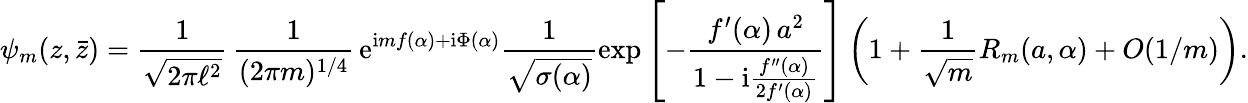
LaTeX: \psi_{m}(z,\bar{z})=\frac{1}{\sqrt{2\pi\ell^{2}}}\, \frac{1}{(2\pi m)^{1/4}}\, \mathrm{e}^{\mathrm{i}mf(\alpha)+\mathrm{i}\Phi(\alpha)}\frac{1}{\sqrt{\sigma(\alpha)}}\exp\left[-\frac{f^{\prime}(\alpha)\, a^{2}}{1-\mathrm{i}\frac{f^{\prime\prime}(\alpha)}{2f^{\prime}(\alpha)}}\right]\left(1+\frac{1}{\sqrt{m}}R_{m}(a,\alpha)+O(1/m)\right).